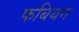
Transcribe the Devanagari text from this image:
फबियन